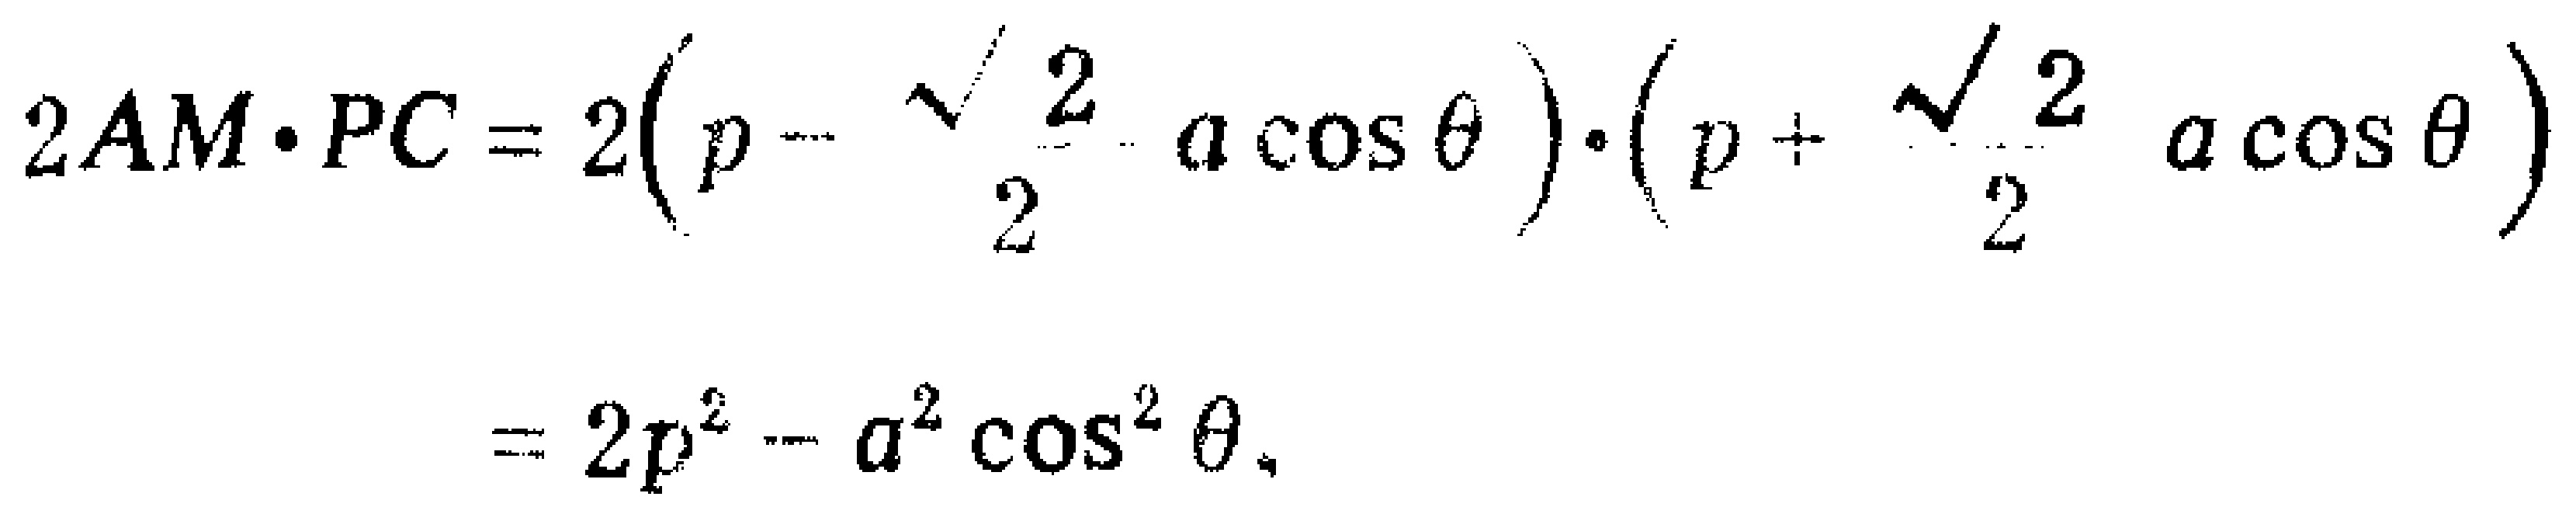
\[
\begin{align*}
2AM\cdot PC&=2\left(p - \frac{\sqrt{2}}{2}a\cos\theta\right)\cdot\left(p + \frac{\sqrt{2}}{2}a\cos\theta\right)\\
&=2p^{2}-a^{2}\cos^{2}\theta.
\end{align*}
\]